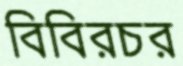
বিবিরচর